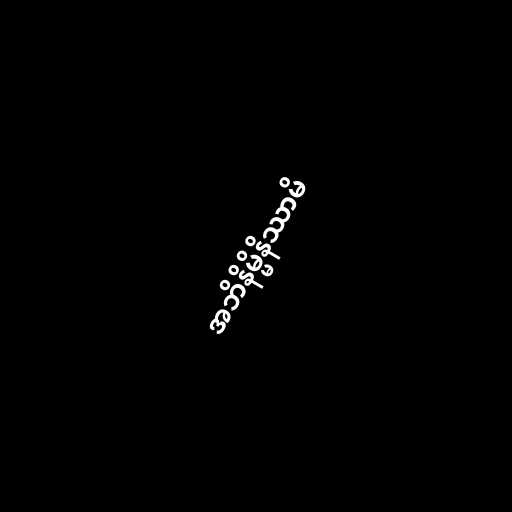
အဘိနိမ္မိနိဿာမိ